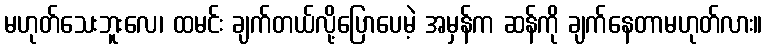
မဟုတ်သေးဘူးလေ၊ ထမင်း ချက်တယ်လို့ပြောပေမဲ့ အမှန်က ဆန်ကို ချက်နေတာမဟုတ်လား။